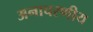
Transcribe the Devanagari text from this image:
अनाचरणीय